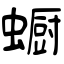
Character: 蟵